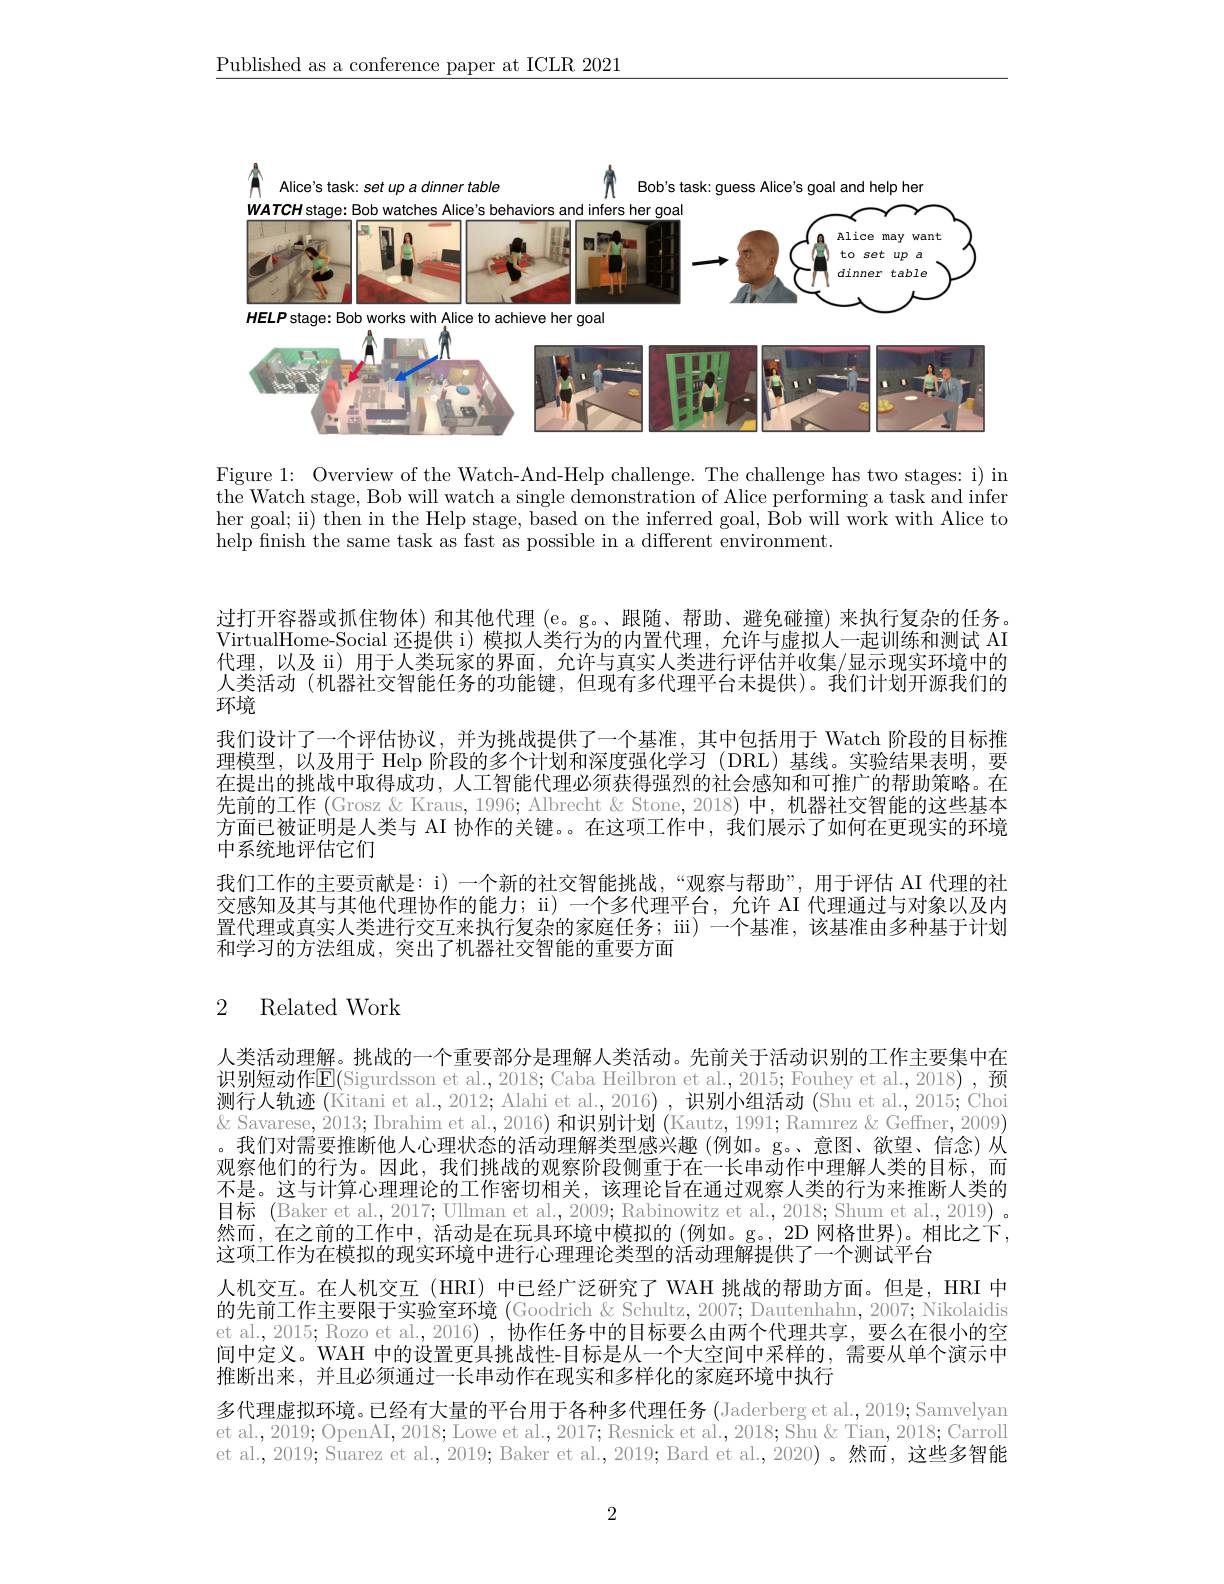
$\underline{\text{Published as a conference paper at ICLR 2021}}$

<FigureHere>

Figure 1: Overview of the Watch-And-Help challenge. The challenge has two stages: i) in the Watch stage, Bob will watch a single demonstration of Alice performing a task and infer her goal; ii) then in the Help stage, based on the inferred goal, Bob will work with Alice to help finish the same task as fast as possible in a different environment.

过打开容器或抓住物体)和其他代理(e。g。、跟随、帮助、避免碰撞)来执行复杂的任务。VirtualHome-Social 还提供 i) 模拟人类行为的内置代理，允许与虚拟人一起训练和测试 AI 代理，以及 ii) 用于人类玩家的界面，允许与真实人类进行评估并收集/显示现实环境中的人类活动 (机器社交智能任务的功能键，但现有多代理平台未提供)。我们计划开源我们的环境
我们设计了一个评估协议，并为挑战提供了一个基准，其中包括用于 Watch 阶段的目标推理模型，以及用于 Help 阶段的多个计划和深度强化学习(DRL)基线。实验结果表明，要在提出的挑战中取得成功，人工智能代理必须获得强烈的社会感知和可推广的帮助策略。在先前的工作(Grosz &Kraus, 1996; Albrecht & Stone, 2018) 中，机器社交智能的这些基本方面已被证明是人类与 AI 协作的关键。。在这项工作中，我们展示了如何在更现实的环境中系统地评估它们
我们工作的主要贡献是：i) 一个新的社交智能挑战，“观察与帮助”,用于评估 AI 代理的社交感知及其与其他代理协作的能力；ii) 一个多代理平台，允许 AI 代理通过与对象以及内置代理或真实人类进行交互来执行复杂的家庭任务；iii) 一个基准，该基准由多种基于计划和学习的方法组成，突出了机器社交智能的重要方面

## 2 Related Work

人类活动理解。挑战的一个重要部分是理解人类活动。先前关于活动识别的工作主要集中在识别短动作$\mathbf{E}($Sigurdsson et al., 2018; Caba Heilbron et al., 2015; Fouhey et al., 2018), 预测行人轨迹 (Kitani et al., 2012; Alahi et al., 2016) , 识别小组活动 (Shu et al., 2015; Choi $\&$ Savarese, 2013; Ibrahim et al., 2016) 和识别计划 (Kautz, 1991; Ramırez & Geffner, 2009) 。我们对需要推断他人心理状态的活动理解类型感兴趣(例如。g。、意图、欲望、信念)从观察他们的行为。因此，我们挑战的观察阶段侧重于在一长串动作中理解人类的目标，而不是。这与计算心理理论的工作密切相关，该理论旨在通过观察人类的行为来推断人类的目标 (Baker et al., 2017; Ullman et al., 2009; Rabinowitz et al., 2018; Shum et al., 2019) 。然而，在之前的工作中，活动是在玩具环境中模拟的(例如。g。,2D 网格世界)。相比之下， 这项工作为在模拟的现实环境中进行心理理论类型的活动理解提供了一个测试平台
人机交互。在人机交互(HRI) 中已经广泛研究了 WAH 挑战的帮助方面。但是，HRI 中的先前工作主要限于实验室环境 (Goodrich &Schultz, 2007; Dautenhahn, 2007; Nikolaidis et al., 2015; Rozo et al., 2016) , 协作任务中的目标要么由两个代理共享，要么在很小的空间中定义。WAH 中的设置更具挑战性-目标是从一个大空间中采样的，需要从单个演示中推断出来，并且必须通过一长串动作在现实和多样化的家庭环境中执行
多代理虚拟环境。已经有大量的平台用于各种多代理任务 (Jaderberg et al., 2019; Samvelyan et al., 2019; OpenAI, 2018; Lowe et al., 2017; Resnick et al., 2018; Shu & Tian, 2018; Carroll et al., 2019; Suarez et al., 2019; Baker et al., 2019; Bard et al., 2020) 。然而，这些多智能

2